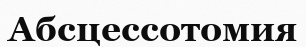
Абсцессотомия